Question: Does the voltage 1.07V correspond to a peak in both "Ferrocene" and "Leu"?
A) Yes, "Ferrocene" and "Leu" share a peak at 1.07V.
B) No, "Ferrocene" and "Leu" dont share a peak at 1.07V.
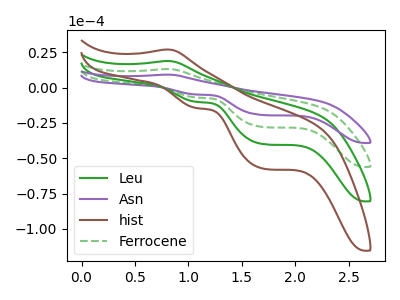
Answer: <think>The green curve "Leu" has an anodic peak at (0.80V, 26.20uA) and cathodic peaks at (1.05V, -14.10uA) (1.70V, -55.90uA). The purple curve "Asn" has an anodic peak at (0.80V, 9.15uA) and cathodic peaks at (1.05V, -4.90uA) (1.70V, -19.50uA). The brown curve "hist" has an anodic peak at (0.80V, 39.25uA) and cathodic peaks at (1.05V, -21.15uA) (1.70V, -83.85uA). The green dashed curve "Ferrocene" has an anodic peak at (0.80V, 13.10uA) and cathodic peaks at (1.05V, -7.05uA) (1.70V, -27.95uA).</think>
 <answer>A) Yes, "Ferrocene" and "Leu" share a peak at 1.07V.</answer>
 <eval>A</eval>